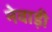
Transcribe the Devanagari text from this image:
नेवाड़ी